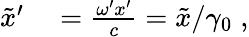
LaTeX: \begin{array}{rl}{\tilde{x}^{\prime}}&{{}=\frac{\omega^{\prime}x^{\prime}}{c}=\tilde{x}/\gamma_{0}\; ,}\end{array}